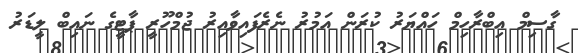
ގާސިމް އިބްރާހިމް ހައްޔަރު ކުރަން އަމުރު ނެރެފައިވާއިރު ޖުމްހޫރީ ޕާޓީގެ ނައިބް ލީޑަރު